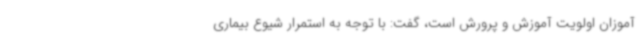
آموزان اولویت آموزش و پرورش است، گفت: با توجه به استمرار شیوع بیماری